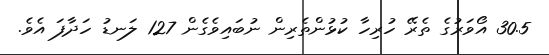
30.5 އޯވަރުގެ ތެރޭ ހުރިހާ ކުޅުންތެރިން ނުބައިވެގެން 127 ލަނޑު ހަދާފަ އެވެ.